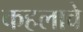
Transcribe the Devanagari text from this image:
कहलावे